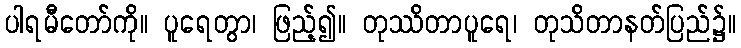
ပါရမီတော်ကို။ ပူရေတွာ၊ ဖြည့်၍။ တုဿိတာပူရေ၊ တုသိတာနတ်ပြည်၌။